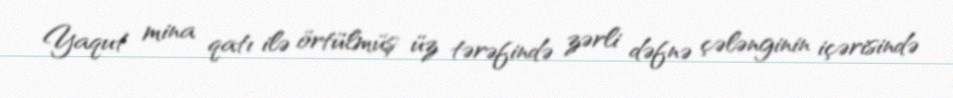
Yaqut mina qatı ilə örtülmüş üz tərəfində zərli dəfnə çələnginin içərisində